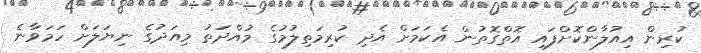
ކުރިން އިއުލާންކޮށްފައި އޮތްގޮތުން އެކަމަށް އެދި ކުރިމަތިލުމުގެ މުއްދަތު މިއަދުގެ ނިޔަލަށް ހަމަވާނެ